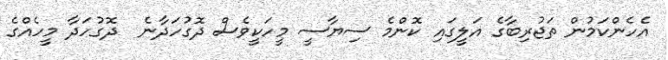
އެހެންކަމުން ތަޖުރިބާގެ އަލީގައި ކޮންމެ ސިޔާސީ މީހަކީވެސް ދޮގުހަދާނެ  ދޮގުހަދާ މީހެއްގެ